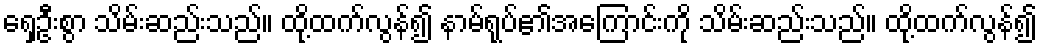
ရှေ့ဦးစွာ သိမ်းဆည်းသည်။ ထို့ထက်လွန်၍ နာမ်ရုပ်၏အကြောင်းကို သိမ်းဆည်းသည်။ ထို့ထက်လွန်၍